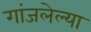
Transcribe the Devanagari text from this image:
गांजलेल्या